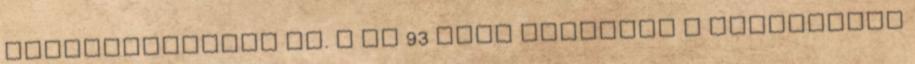
Magyarországon él. A ma 93 éves Képíróra a Wiesenthal